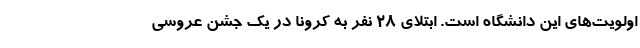
اولویت‌های این دانشگاه است. ابتلای 28 نفر به کرونا در یک جشن عروسی